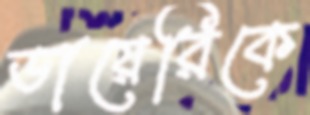
ডায়েরিকে